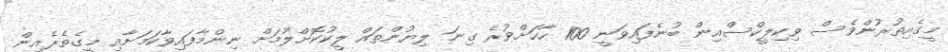
މީގެއިތުރުންވެސް ވިކިލީކްސްއިން ބުނެފައިވަނީ 100 ހާހަށްވުރެ ގިނަ ލިޔުންތައް ލީކުކޮށްލުމަށް ނިންމާފައިވާކަމަށާއި މީގެތެރެއިން